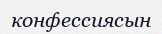
конфессиясын